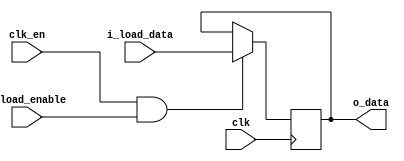
// To decode to 7 seg, will be different on every FPGA.
// For now this will be a dummy register
// You will either need a BIG lookup table, or a BIN - BCD converter or
// something

`default_nettype none

module Out #(
  parameter WIDTH = 16
)(
  input                    clk,
  input                    clk_en,
  input                    i_load_enable,
  input        [WIDTH-1:0] i_load_data,
  output reg   [WIDTH-1:0] o_data
);

  initial begin
    o_data = {WIDTH{1'b0}};
  end

  wire load = clk_en & i_load_enable;

  always @(posedge clk) o_data <= load ? i_load_data : o_data;

endmodule